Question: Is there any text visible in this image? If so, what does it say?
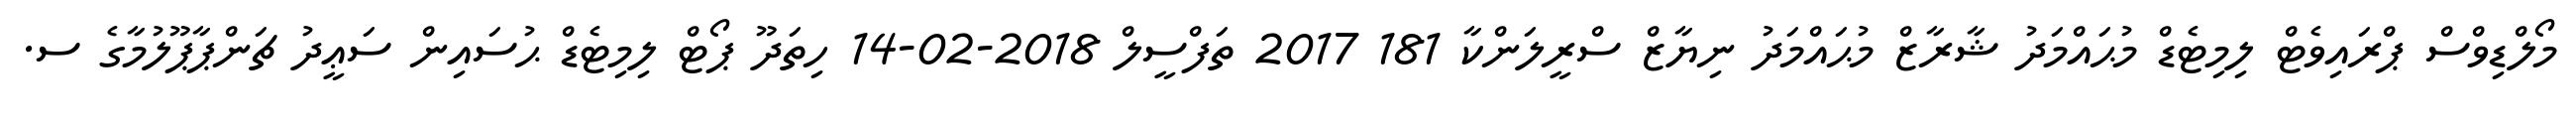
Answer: މޯލްޑިވްސް ޕްރައިވެޓް ލިމިޓެޑް މުޙައްމަދު ޝާރާޒް މުޙައްމަދު ނިޔާޒް ސްރީލަންކާ 181 2017 ތަފްސީލް 2018-02-14 ހިތަދޫ ޕޯޓް ލިމިޓެޑް ޙުސައިން ސަޢީދު ޗަންޕާޕޫލުމާގެ ސ.